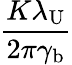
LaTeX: \frac{K\lambda_{\mathrm{U}}}{2\pi\gamma_{\mathrm{b}}}